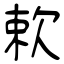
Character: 欶